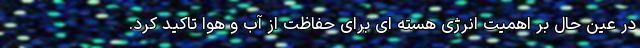
در عین حال بر اهمیت انرژی هسته ای برای حفاظت از آب و هوا تاکید کرد.